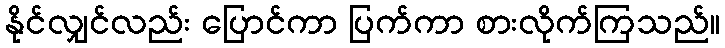
နိုင်လျှင်လည်း ပြောင်ကာ ပြက်ကာ စားလိုက်ကြသည်။